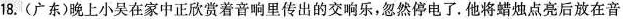
18. (广东)晚上小吴在家中正欣赏着音响里传出的交响乐，忽然停电了。他将蜡烛点亮后放在音